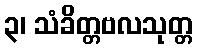
၃၊ သံခိတ္တဗလသုတ္တ